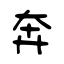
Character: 奔